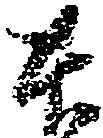
本